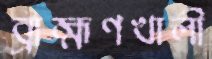
ব্রাহ্মণখালী